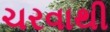
ચરવાથી